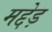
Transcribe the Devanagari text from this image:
मद्देड़